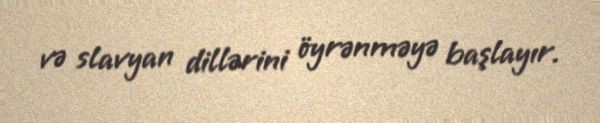
və slavyan dillərini öyrənməyə başlayır.